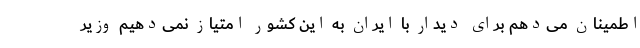
اطمینان می‌دهم برای دیدار با ایران به این کشور امتیاز نمی‌دهیم وزیر